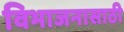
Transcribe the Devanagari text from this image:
विभाजनासाठी